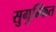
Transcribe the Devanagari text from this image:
सुगुम्फित